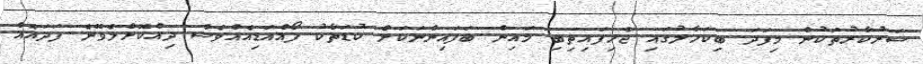
ސަރުކާރުތަކުން މިފަދަ ބިކަހާލުގައި ޖެހިފައިިތިބި މައިން ބަފައިންނަކަށް ކުޑަތާކު ފޯއްއަޑިއެއްވެސް ދިއްކޮށްލެވޭނެ ފަދައެއް